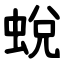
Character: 蛻